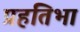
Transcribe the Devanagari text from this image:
प्रहतिभा